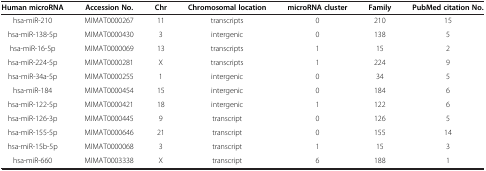
<table><thead><tr><td><b>Human microRNA</b></td><td><b>Accession No.</b></td><td><b>Chr</b></td><td><b>Chromosomal location</b></td><td><b>microRNA cluster</b></td><td><b>Family</b></td><td><b>PubMed citation No.</b></td></tr></thead><tbody><tr><td>hsa-miR-210</td><td>MIMAT0000267</td><td>11</td><td>transcripts</td><td>0</td><td>210</td><td>15</td></tr><tr><td>hsa-miR-138-5p</td><td>MIMAT0000430</td><td>3</td><td>intergenic</td><td>0</td><td>138</td><td>5</td></tr><tr><td>hsa-miR-16-5p</td><td>MIMAT0000069</td><td>13</td><td>transcripts</td><td>1</td><td>15</td><td>2</td></tr><tr><td>hsa-miR-224-5p</td><td>MIMAT0000281</td><td>X</td><td>transcripts</td><td>1</td><td>224</td><td>9</td></tr><tr><td>hsa-miR-34a-5p</td><td>MIMAT0000255</td><td>1</td><td>intergenic</td><td>0</td><td>34</td><td>5</td></tr><tr><td>hsa-miR-184</td><td>MIMAT0000454</td><td>15</td><td>intergenic</td><td>0</td><td>184</td><td>6</td></tr><tr><td>hsa-miR-122-5p</td><td>MIMAT0000421</td><td>18</td><td>intergenic</td><td>1</td><td>122</td><td>6</td></tr><tr><td>hsa-miR-126-3p</td><td>MIMAT0000445</td><td>9</td><td>transcript</td><td>0</td><td>126</td><td>5</td></tr><tr><td>hsa-miR-155-5p</td><td>MIMAT0000646</td><td>21</td><td>transcript</td><td>0</td><td>155</td><td>14</td></tr><tr><td>hsa-miR-15b-5p</td><td>MIMAT0000068</td><td>3</td><td>transcript</td><td>1</td><td>15</td><td>3</td></tr><tr><td>hsa-miR-660</td><td>MIMAT0003338</td><td>X</td><td>transcript</td><td>6</td><td>188</td><td>1</td></tr></tbody></table>